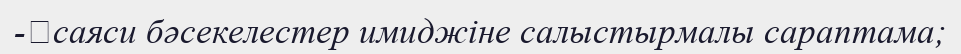
-	саяси бәсекелестер имиджіне салыстырмалы сараптама;